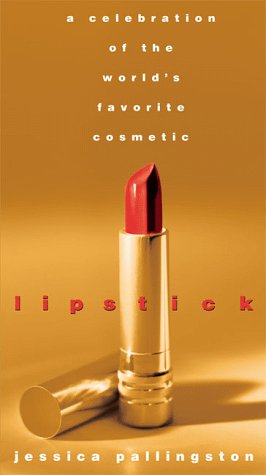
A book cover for Lipstick: A Celebration of the World's Favorite Cosmetic; Jessica Pallingston; Health, Fitness & Dieting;